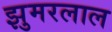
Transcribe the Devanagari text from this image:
झुमरलाल